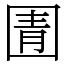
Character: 圊